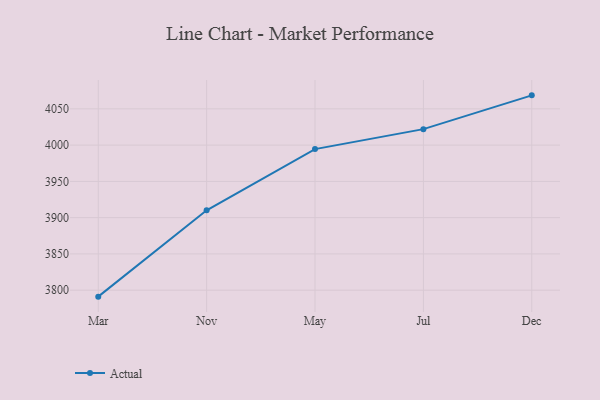
{"axis": {"x": "Month", "y": "Net Income (USD K)"}, "legend": ["Actual"], "data": [{"x": "Mar", "y": 3791.1, "type": "Actual"}, {"x": "Nov", "y": 3910.1, "type": "Actual"}, {"x": "May", "y": 3994.5, "type": "Actual"}, {"x": "Jul", "y": 4022.0, "type": "Actual"}, {"x": "Dec", "y": 4068.6, "type": "Actual"}]}